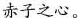
赤子之心。